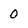
Character: 0